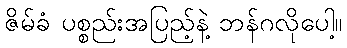
ဇိမ်ခံ ပစ္စည်းအပြည့်နဲ့ ဘန်ဂလိုပေါ့။